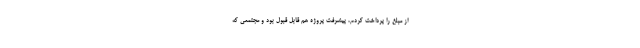
از مبلغ را پرداخت کردم، پیشرفت پروژه هم قابل قبول بود و مجتمعی که